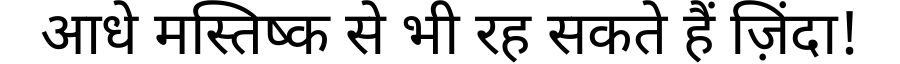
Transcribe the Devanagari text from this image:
आधे मस्तिष्क से भी रह सकते हैं ज़िंदा!